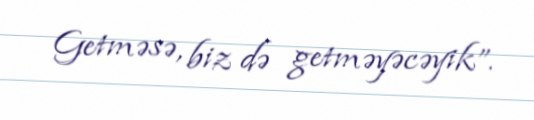
Getməsə, biz də getməyəcəyik”.